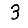
Digit: 3